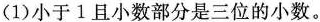
(1)小于1且小数部分是三位的小数。